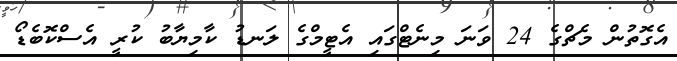
އެގޮތުން މެޗްގެ 24 ވަނަ މިނެޓްގައި އެޓީމްގެ ލަނޑު ކާމިޔާބު ކުރީ އެސްކޮބެޑޯ